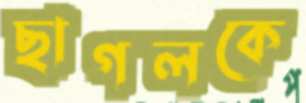
ছাগলকে